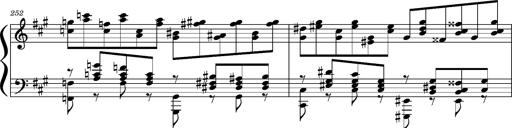
Title: Concerto sans orchestre, S.524a
Composer: Franz Liszt
Key: A major